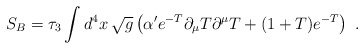
\begin{align*}S_B = \tau_3\int d^4x\, \sqrt{g}\left(\alpha' e^{-T} \partial_\mu{T}\partial^\mu{T} + (1+T) e^{-T}\right) \ .\end{align*}